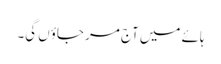
ہائے میں آج مر جاؤں گی۔